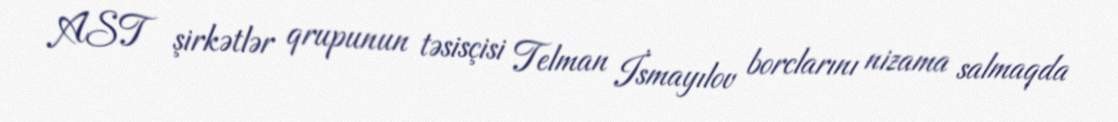
AST şirkətlər qrupunun təsisçisi Telman İsmayılov borclarını nizama salmaqda